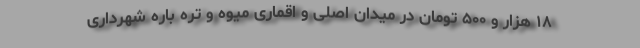
۱۸ هزار و ۵۰۰ تومان در میدان اصلی و اقماری میوه و تره باره شهرداری